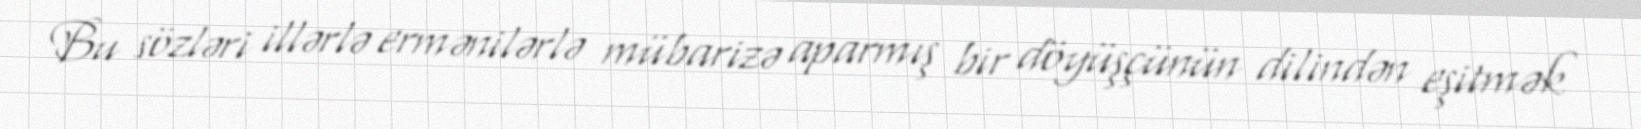
Bu sözləri illərlə ermənilərlə mübarizə aparmış bir döyüşçünün dilindən eşitmək